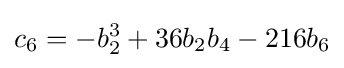
c_{6}=-b_{2}^{3}+36b_{2}b_{4}-216b_{6}